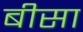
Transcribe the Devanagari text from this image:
बीसा